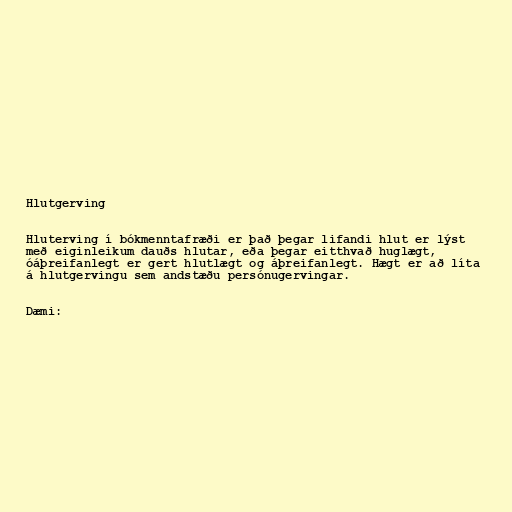
Hlutgerving

Hluterving í bókmenntafræði er það þegar lifandi hlut er lýst
með eiginleikum dauðs hlutar, eða þegar eitthvað huglægt,
óáþreifanlegt er gert hlutlægt og áþreifanlegt. Hægt er að líta
á hlutgervingu sem andstæðu persónugervingar.

Dæmi: